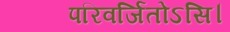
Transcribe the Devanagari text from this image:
परिवर्जितोऽसि।